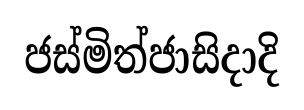
ජස්මිත්ජාසිදාදි